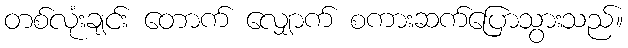
တစ်လုံးချင်း တောက် လျှောက် စကားဆက်ပြောသွားသည်။